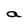
Character: a